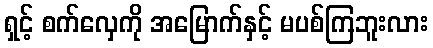
ရှင့် စက်လှေကို အမြောက်နှင့် မပစ်ကြဘူးလား